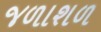
જળાશળ